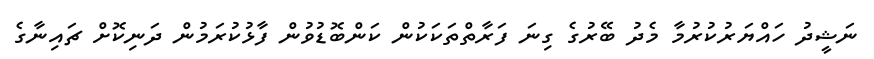
ނަޝީދު ހައްޔަރުކުރުމާ މެދު ބޭރުގެ ގިނަ ފަރާތްތަކަކުން ކަންބޮޑުވުން ފާޅުކުރަމުން ދަނިކޮށް ޗައިނާގެ